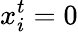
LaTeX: x_{i}^{t}=0